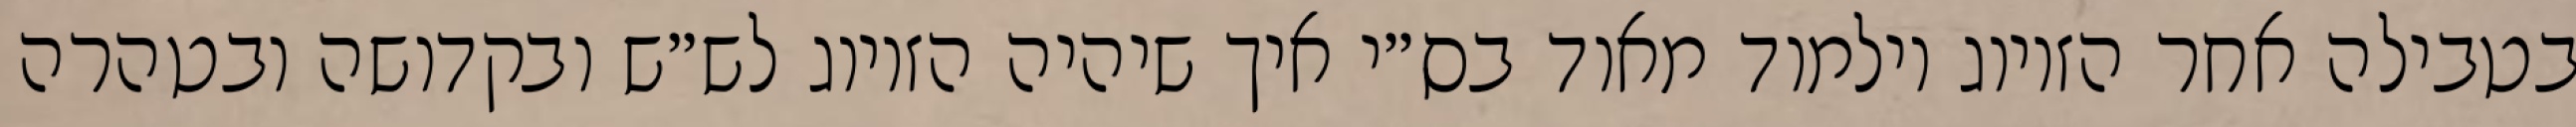
בטבילה אחר הזיווג וילמוד מאוד בס״י איך שיהיה הזיווג לש״ש ובקדושה ובטהרה